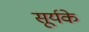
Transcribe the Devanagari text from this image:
सूर्यके